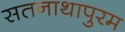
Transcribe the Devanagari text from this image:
सतनाथापुरम